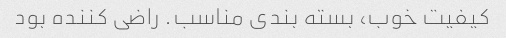
کیفیت خوب، بسته بندی مناسب. راضی کننده بود